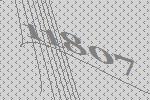
11807